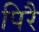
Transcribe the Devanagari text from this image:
पिरै